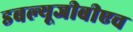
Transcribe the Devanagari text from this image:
डबल्यूजीबीएच